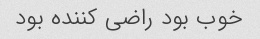
خوب بود راضی کننده بود